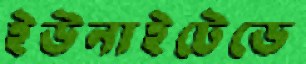
ইউনাইটেডে